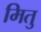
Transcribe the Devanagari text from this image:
मितु